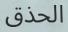
الحذق